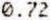
0.72